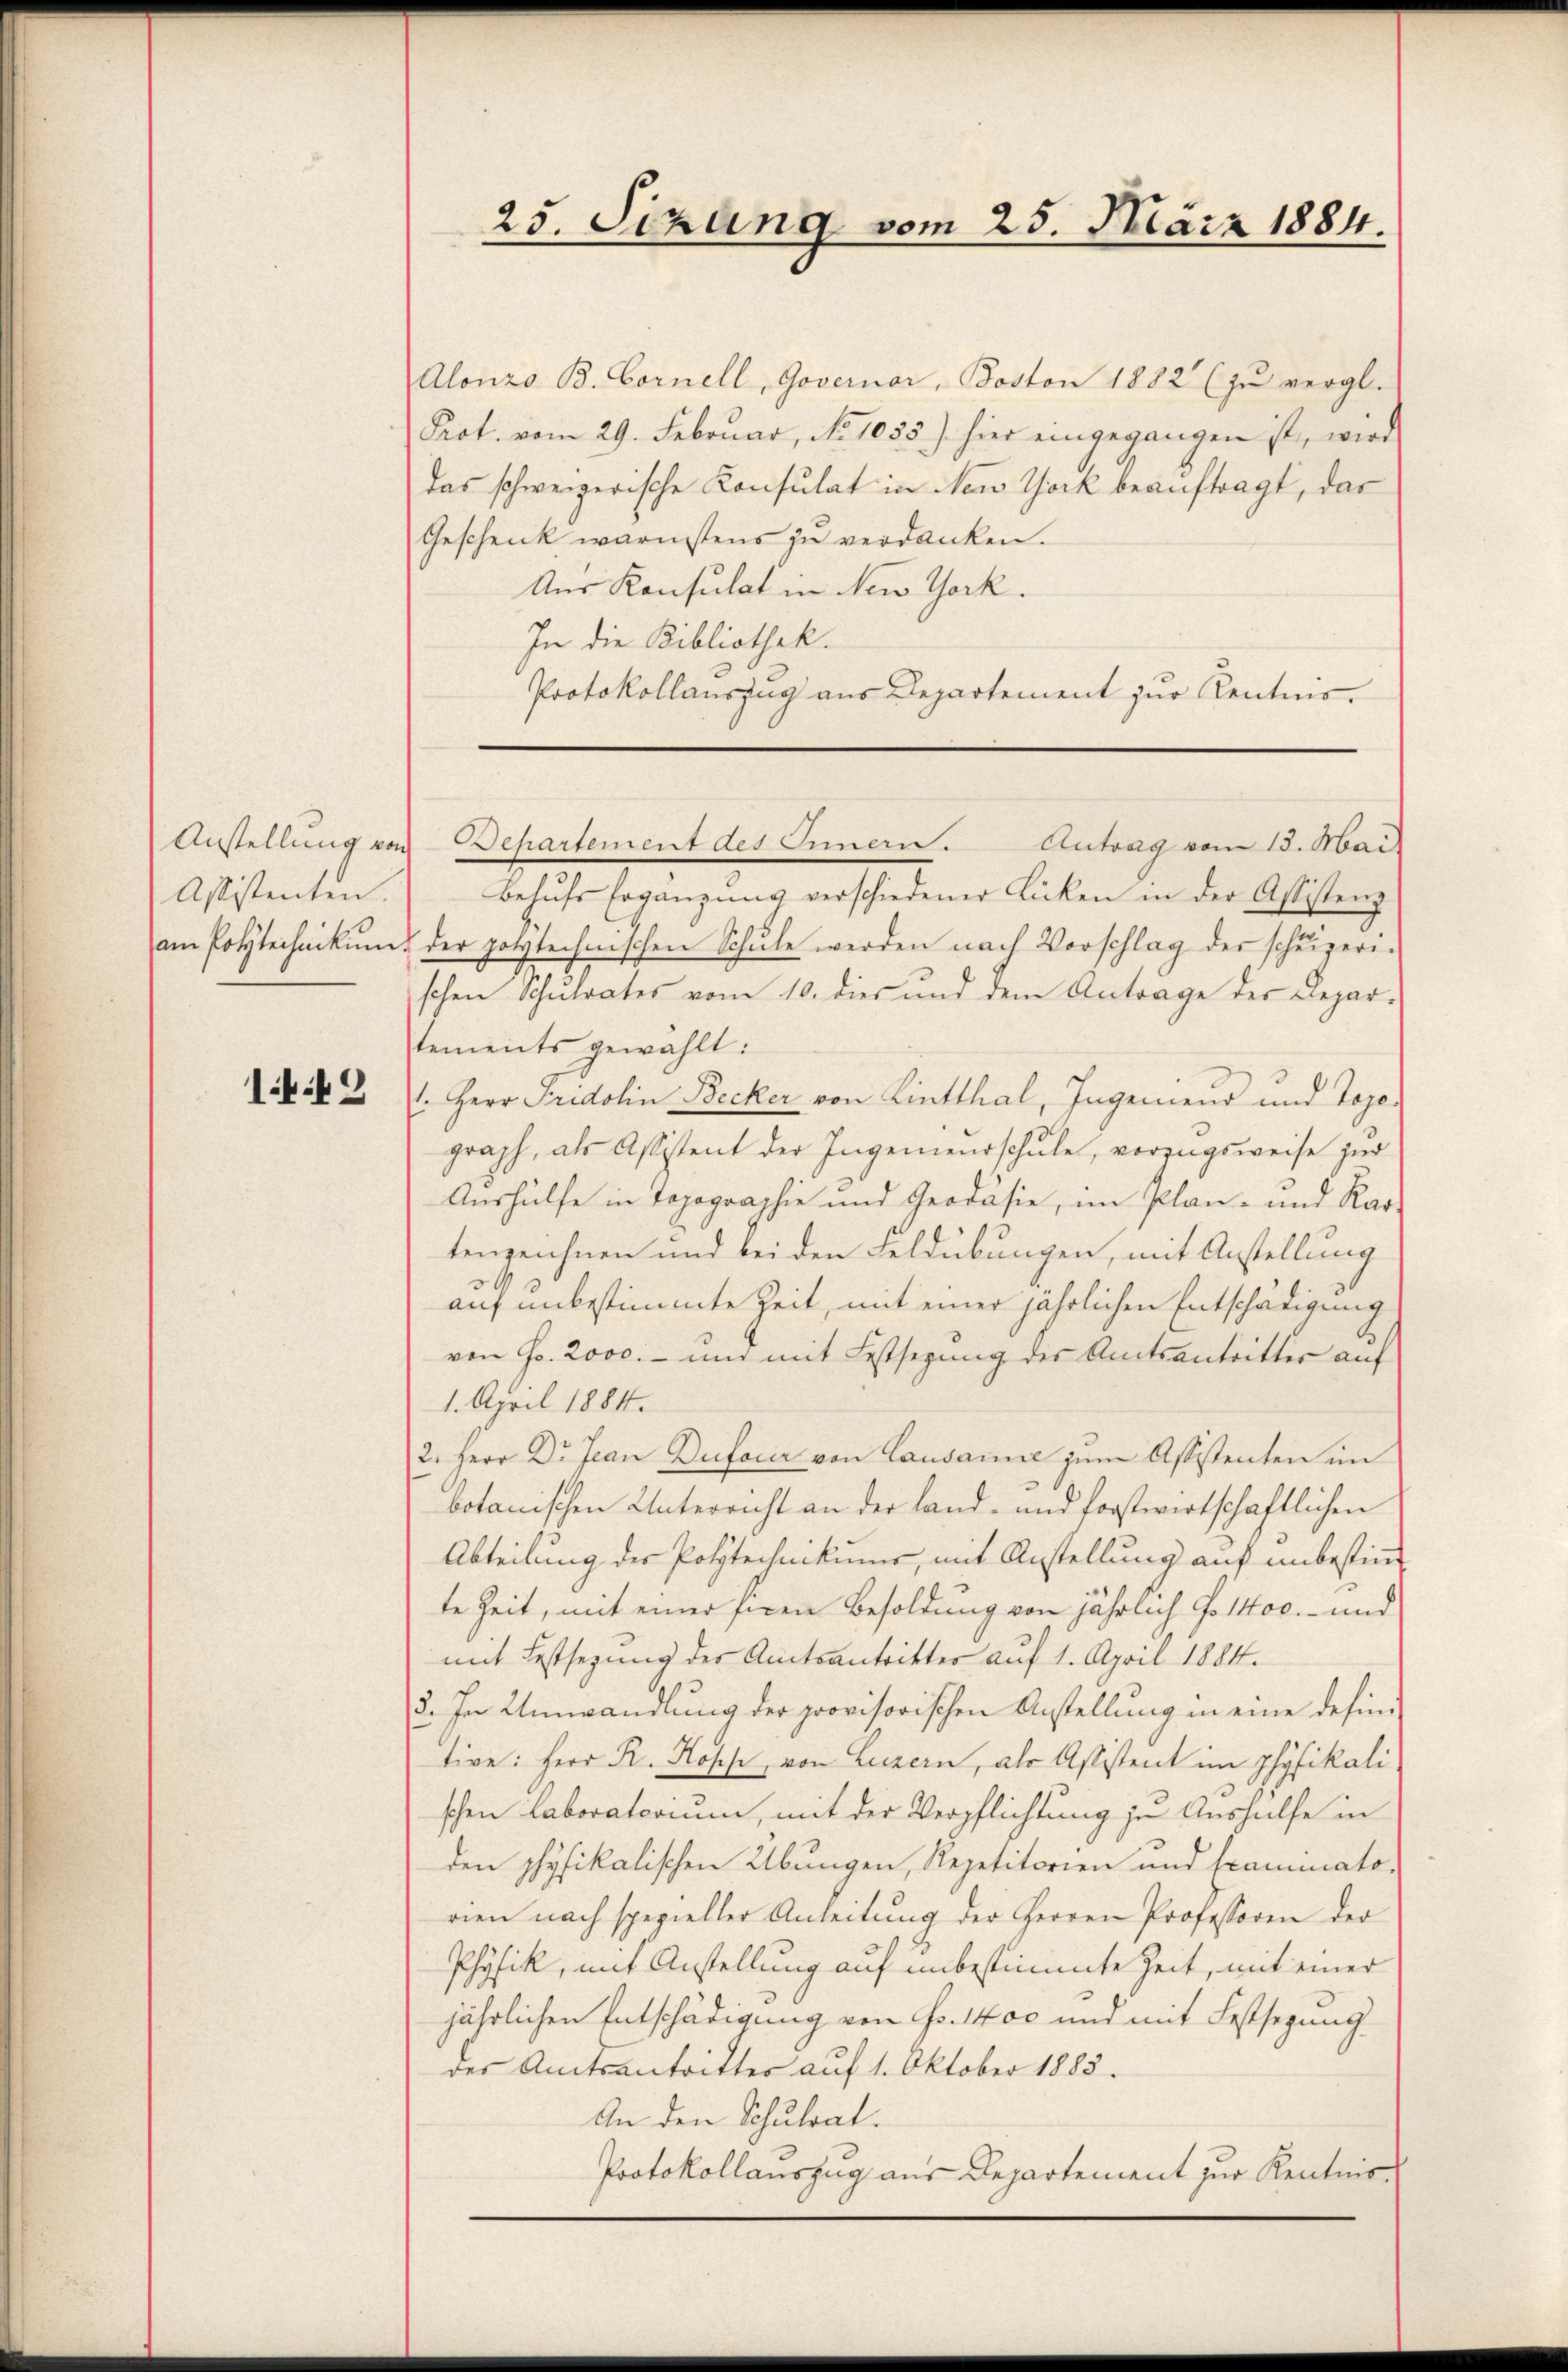
Assistenten.

Alonzo B. Cornell, Governar, Boston 1882 (zu vergl.
Prot. vom 29. Februar, No 1055) hier eingegangen ist, wird
das schweizerische Konsulat in New York beauftragt, das
Geschenk warmstens zu verdanken.
Aus Konsulat in New York.
In die Bibliothek.
Protokollauszug aus Departement zur Kentnis¬

25. Sizang vom 25. März 1884.

Anstellŭng von Departement des Innern. Antrag vom 13. Mai.

Behŭfs Ergänzung verschiedener Lücken in der Assistenz
am Polytechnikum der polytechnischen Schŭle werden nach Vorschlag der scheizeri-
schen Schulrates vom 10. dies und dem Antrage der Departements gewählt:
14. 2. Herr Fridolin Becker von Linthal, Ingenieus und Topo-
graph, als Assistent der Ingenieurschule, vorzugsweise zur
Aushülfe in Topographie und Geodäsie, im Plan- und Kar-
tenzeichnen und bei den Feldübungen, mit Anstellung
auf unbestimmte Zeit, mit einer jährlichen Entschädigung
von Fr. 2000.- und mit Festsezung des Amtsantritter auf
1. April 1884.
2. Herr Dr. Jean Dufocer von Lausamie zum Assistenten im
botanischen Unterricht an der land- und forstwirtschaftlichen
Abteilung der Polytechnikums, mit Anstellung auf unbestim¬
.
te Zeit, mit einer fixen Besoldung von jährlich No 1400.- und
mit Festsezung des Amtsantritter auf 1. April 1884.
3. In Umwandlung der provisorischen Anstellung in eine defintive: Herr R. Kopf, von Luzern, als Assistent im physikali-
schen Laboratorium, mit der Verpflichtung je Aushülfe in
den physikalischen Übungen, Repetitorien und Examinato-
rien nach spezieller Anleitung der Herren Professoren der
Physik, mit Anstellung auf unbestimmte Zeit, mit einer
jährlichen Entschädigung von Fr. 1400 und mit Festsezung
der Amtsantritter auf 1. Oktober 1885.
An den Schulrat.
Protokollauszug aus Departement zur Kenntnis
.